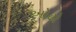
ઓઢો